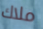
ملاك